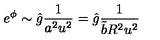
e ^ { \phi } \sim \hat { g } \frac { 1 } { a ^ { 2 } u ^ { 2 } } = \hat { g } \frac { 1 } { \tilde { b } R ^ { 2 } u ^ { 2 } }